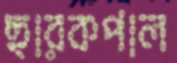
ছারকপাল